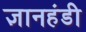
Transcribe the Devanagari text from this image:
ज्ञानहंडी